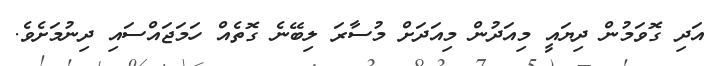
އަދި ގޮވަމުން ދިޔައީ މިއަދުން މިއަދަށް މުސާރަ ލިބޭނެ ގޮތެއް ހަމަޖައްސައި ދިނުމަށެވެ.